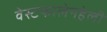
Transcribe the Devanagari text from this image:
वेस्टफालेनहेली